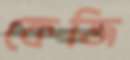
কেজি